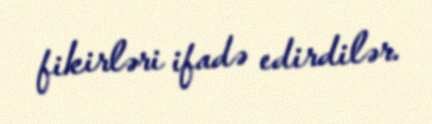
fikirləri ifadə edirdilər.